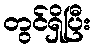
တွင်ရှိပြီး